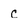
Character: C